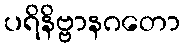
ပရိနိဗ္ဗာနဂတော